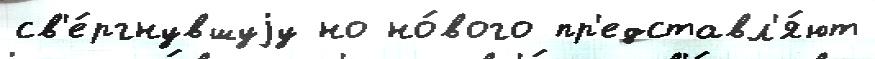
св'е́ргнувшуjу но но́вого пр'едставл'я́ют